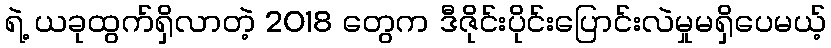
ရဲ့ ယခုထွက်ရှိလာတဲ့ 2018 တွေက ဒီဇိုင်းပိုင်းပြောင်းလဲမှုမရှိပေမယ့်